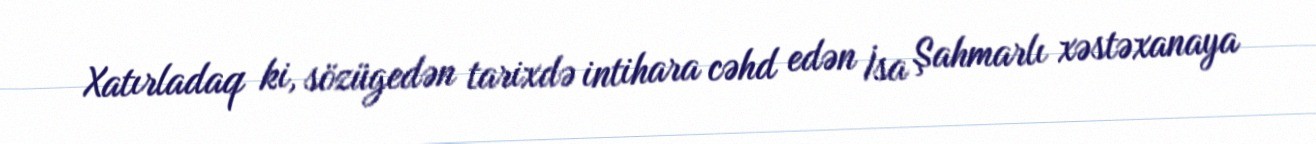
Xatırladaq ki, sözügedən tarixdə intihara cəhd edən İsa Şahmarlı xəstəxanaya